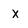
Character: x